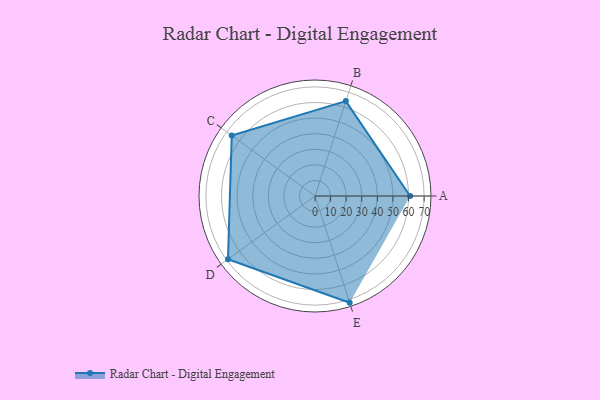
{"axis": {"x": "Skill", "y": "Score"}, "legend": ["Profile"], "data": [{"x": "A", "y": 61.0, "type": "Profile"}, {"x": "B", "y": 64.0, "type": "Profile"}, {"x": "C", "y": 66.0, "type": "Profile"}, {"x": "D", "y": 69.0, "type": "Profile"}, {"x": "E", "y": 72.0, "type": "Profile"}]}